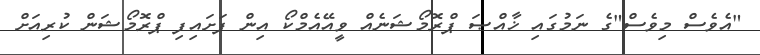
"އެވެސް މިވެސް"ގެ ނަމުގައި ޚާއްޞަ ޕްރޮމޯޝަނެއް ވީއޭއެމްކޯ އިން ފަށައިފި ޕްރޮމޯޝަން ކުރިއަށް